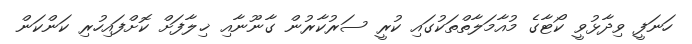
ހަނަފީ ވިދާޅުވީ ކޯޓާގެ މުއާމަލާތްތަކުގައި ކުރީ ސަރުކާރުން ގާނޫނާއި ޚިލާފަށް ކޮށްފައިހުރި ކަންކަން